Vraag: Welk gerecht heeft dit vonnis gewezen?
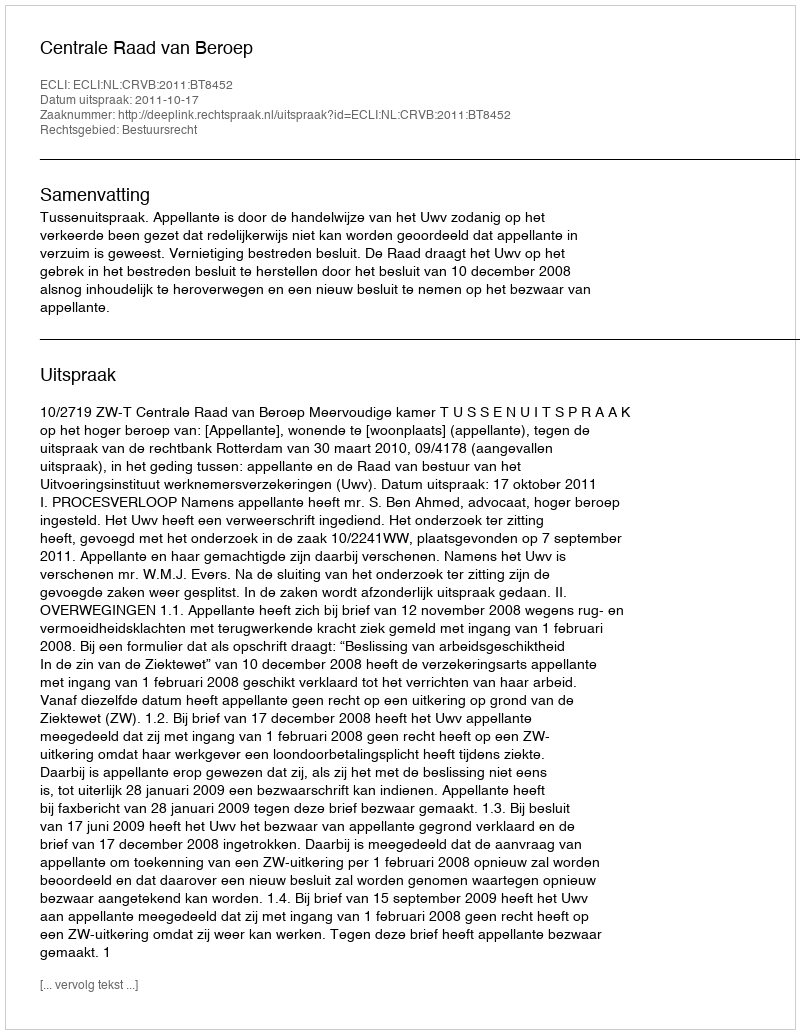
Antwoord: Centrale Raad van Beroep